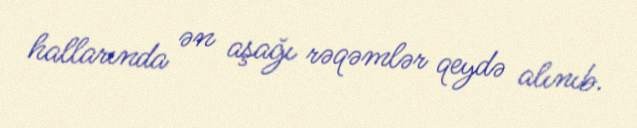
hallarında ən aşağı rəqəmlər qeydə alınıb.